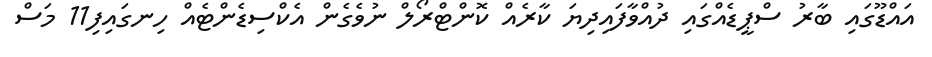
އައްޑޫގައި ބާރު ސްޕީޑެއްގައި ދުއްވާފައިދިޔަ ކާރެއް ކޮންޓްރޯލް ނުވެގެން އެކްސިޑެންޓެއް ހިނގައިފި11 މަސް